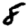
Digit: 8